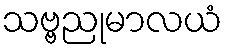
သဗ္ဗညုမာလယံ